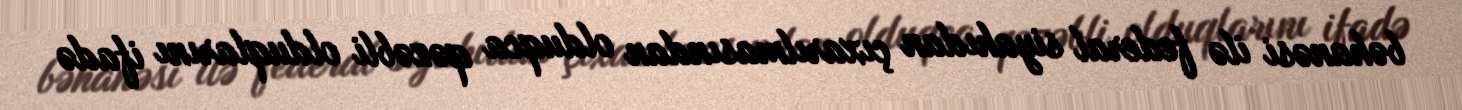
bəhanəsi ilə federal siyahıdan çıxarılmasından olduqca qəzəbli olduqlarını ifadə